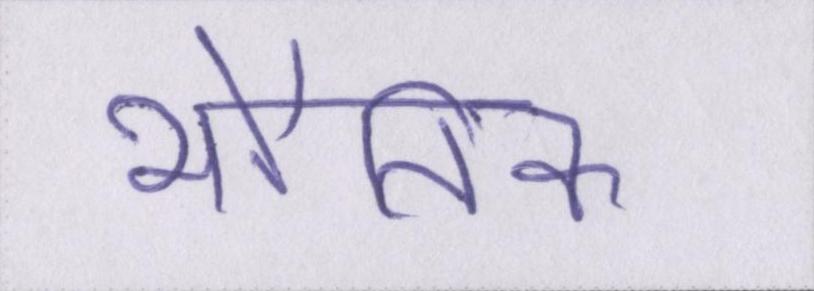
भौतिक